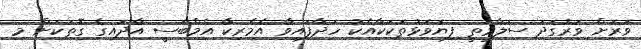
ވަރަށް ވަރުގަދަ ސަލާމަތީ ފިޔަވަޅުތަކަކާއެކު ހަދާފައިވާ އެމެރިކާ އެމްބަސީ އާދައިގެ ގޮތަކަށް މި